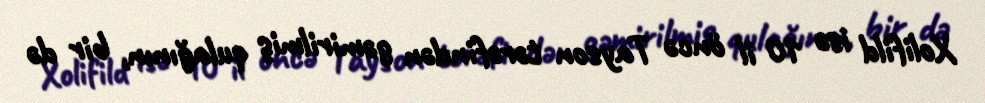
Xolifild isə 10 il öncə Tayson tərəfindən gəmirilmiş qulağının, bir də